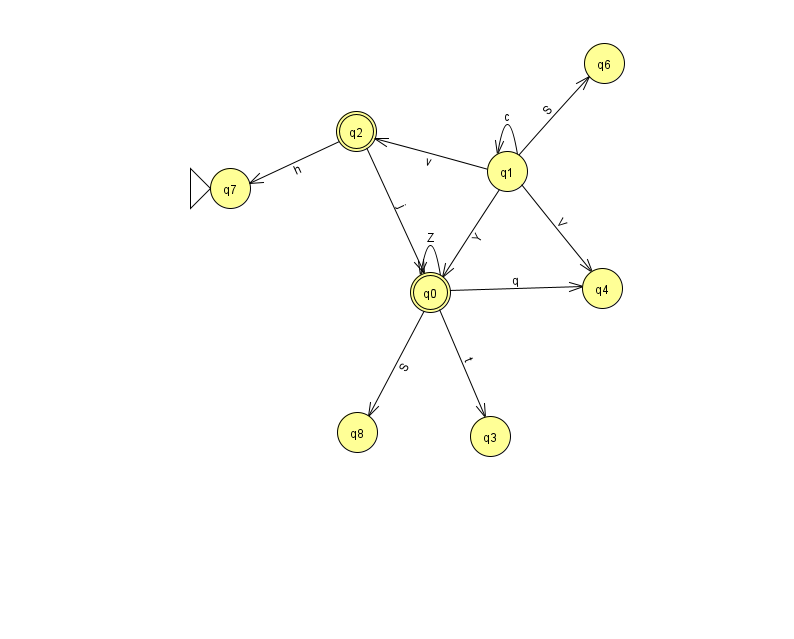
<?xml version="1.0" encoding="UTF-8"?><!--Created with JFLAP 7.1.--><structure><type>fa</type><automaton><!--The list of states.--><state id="0" name="q0"><x>430.0</x><y>279.0</y><final/></state><state id="1" name="q1"><x>507.0</x><y>158.0</y></state><state id="2" name="q2"><x>356.0</x><y>118.0</y><final/></state><state id="3" name="q3"><x>490.0</x><y>423.0</y></state><state id="4" name="q4"><x>602.0</x><y>275.0</y></state><state id="6" name="q6"><x>604.0</x><y>50.0</y></state><state id="7" name="q7"><x>230.0</x><y>175.0</y><initial/></state><state id="8" name="q8"><x>357.0</x><y>419.0</y></state><!--The list of transitions.--><transition><from>1</from><to>1</to><read>c</read></transition><transition><from>1</from><to>2</to><read>v</read></transition><transition><from>2</from><to>7</to><read>h</read></transition><transition><from>1</from><to>4</to><read>V</read></transition><transition><from>0</from><to>4</to><read>q</read></transition><transition><from>0</from><to>3</to><read>t</read></transition><transition><from>1</from><to>6</to><read>S</read></transition><transition><from>0</from><to>0</to><read>Z</read></transition><transition><from>2</from><to>0</to><read>j</read></transition><transition><from>0</from><to>8</to><read>S</read></transition><transition><from>1</from><to>0</to><read>Y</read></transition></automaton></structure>